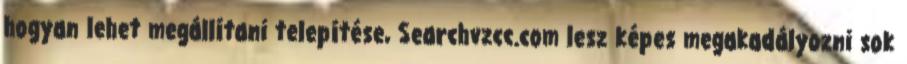
hogyan lehet megállítani telepítése, Searchvzcc.com lesz képes megakadályozni sok